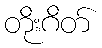
တိုးဂိတ်